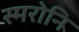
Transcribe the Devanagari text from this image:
स्मरोनि